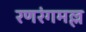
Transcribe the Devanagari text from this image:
रणरंगमल्ल